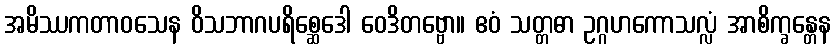
အမိဿကတာဝသေန ဝိသဘာဂပရိစ္ဆေဒေါ ဝေဒိတဗ္ဗော။ ဧဝံ သတ္တဓာ ဥဂ္ဂဟကောသလ္လံ အာစိက္ခန္တေန